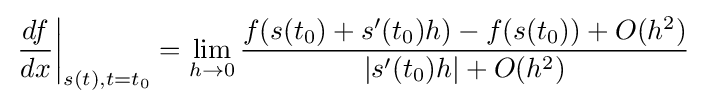
\left.{\frac {df}{dx}}\right|_{s(t),t=t_{0}}=\lim _{h\to 0}{\frac {f(s(t_{0})+s'(t_{0})h)-f(s(t_{0}))+O(h^{2})}{|s'(t_{0})h|+O(h^{2})}}